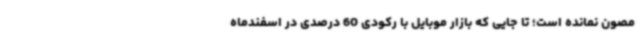
مصون نمانده است؛ تا جایی که بازار موبایل با رکودی 60 درصدی در اسفندماه